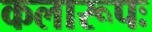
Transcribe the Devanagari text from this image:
कलारूपः